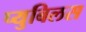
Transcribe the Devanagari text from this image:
प्युबिलस